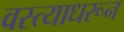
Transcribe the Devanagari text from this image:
वस्त्याधरून